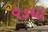
વડધા